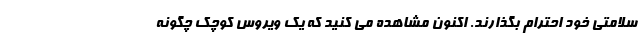
سلامتی خود احترام بگذارند. اکنون مشاهده می کنید که یک ویروس کوچک چگونه